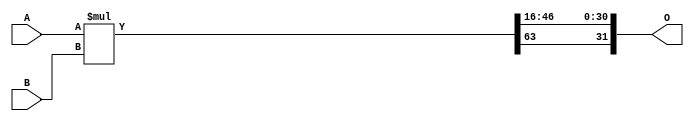
`timescale 1ns / 1ps
//////////////////////////////////////////////////////////////////////////////////
// Company: Digilent
// 
// Module Name:    fixedPointMult 
// Description:    Signed fixed point multiplier
//
//////////////////////////////////////////////////////////////////////////////////
module signedFixedPointMult #(
	parameter iD = 16, // Number of places before the point of input
	parameter iF = 16, // Number of places after the point of input
	parameter oD = 16, // Number of places before the point of output
	parameter oF = 16  // Number of places after the point of output
	)(
	input wire signed  [iD - 1 : -iF] A,
	input wire signed  [iD - 1 : -iF] B,
	output wire signed [oD - 1 : -oF] O
	);

	wire signed [(iD*2) - 1 : -(iF*2)] product = A * B; 			// Full multiplication
	assign O = {product [(iD*2) - 1], product [oD - 2 : -oF]};	// Trim output and keep sign bit

endmodule